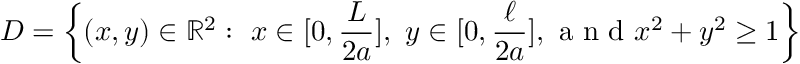
D = \left\{ ( x , y ) \in \mathbb { R } ^ { 2 } : \ x \in [ 0 , \frac { L } { 2 a } ] , \ y \in [ 0 , \frac { \ell } { 2 a } ] , \mathrm { ~ a ~ n ~ d ~ } x ^ { 2 } + y ^ { 2 } \geq 1 \right\}